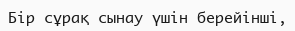
Бір сұрақ сынау үшін берейінші,